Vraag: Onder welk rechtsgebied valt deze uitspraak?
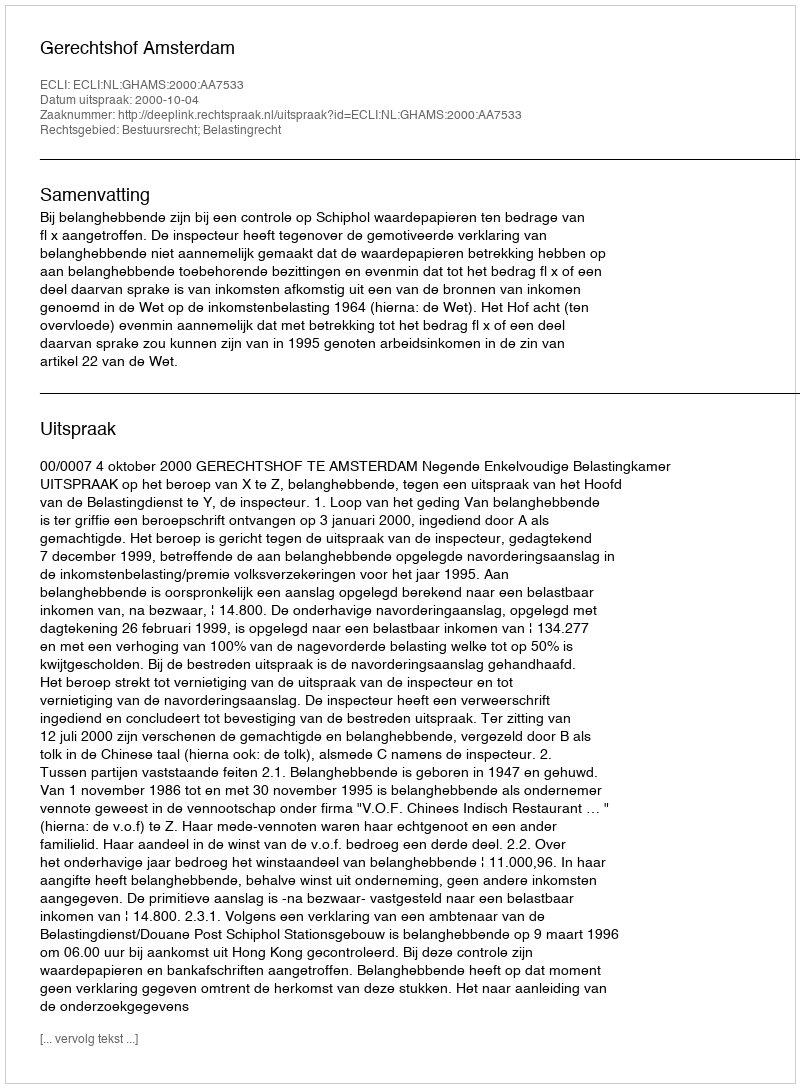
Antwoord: Bestuursrecht; Belastingrecht